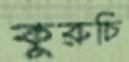
কুরুচি